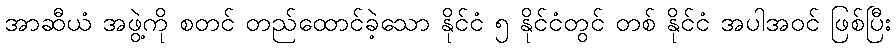
အာဆီယံ အဖွဲ့ကို စတင် တည်ထောင်ခဲ့သော နိုင်ငံ ၅ နိုင်ငံတွင် တစ် နိုင်ငံ အပါအဝင် ဖြစ်ပြီး